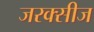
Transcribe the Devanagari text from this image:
जरक्सीज